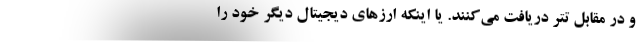
و در مقابل تتر دریافت می‌کنند. یا اینکه ارزهای دیجیتال دیگر خود را